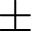
\pm